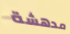
مدهشة